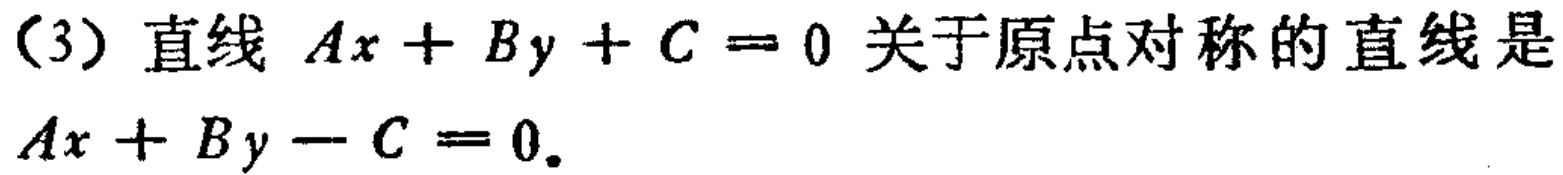
（3）直线 \(Ax + By + C = 0\) 关于原点对称的直线是 \(Ax + By - C = 0\)。